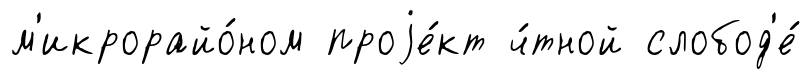
м'икрорайо́ном проjе́кт ч́тной слобод'е́